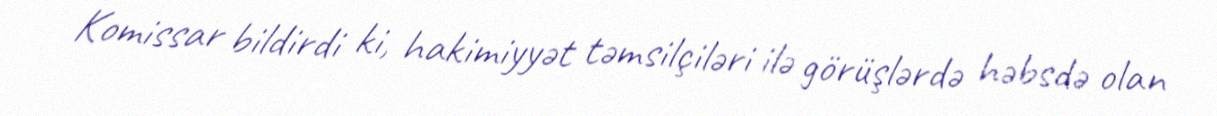
Komissar bildirdi ki, hakimiyyət təmsilçiləri ilə görüşlərdə həbsdə olan